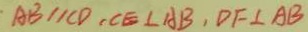
\cdot A B / / C D , C E \bot A B , D F \bot A B